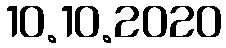
10.10.2020